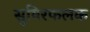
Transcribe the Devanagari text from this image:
सुषिरफलक